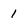
Character: 1